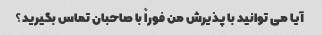
آیا می توانید با پذیرش من فوراً با صاحبان تماس بگیرید؟